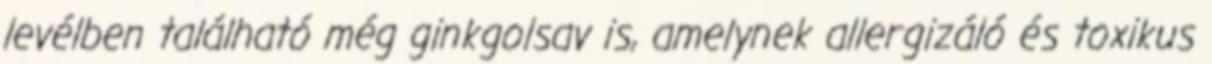
levélben található még ginkgolsav is, amelynek allergizáló és toxikus